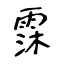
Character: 霂